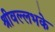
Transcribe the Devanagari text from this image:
श्रीवल्लभके